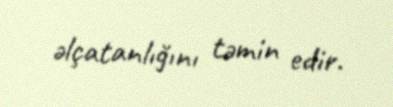
əlçatanlığını təmin edir.